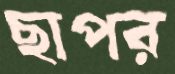
ছাপর